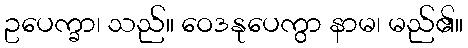
ဥပေက္ခာ၊ သည်။ ဝေဒနုပေကွာ နာမ၊ မည်၏။